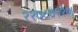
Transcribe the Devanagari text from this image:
२२७८७२२७।